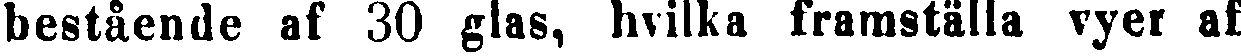
bestående af 30 glas, hvilka framställa vyer af